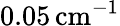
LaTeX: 0.05\, \mathrm{cm}^{-1}